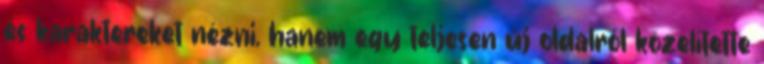
és karaktereket nézni, hanem egy teljesen új oldalról közelítette